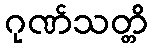
ဂုဏ်သတ္တိ